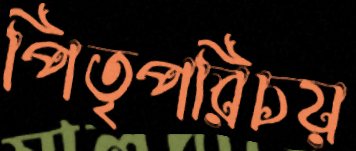
পিতৃপরিচয়